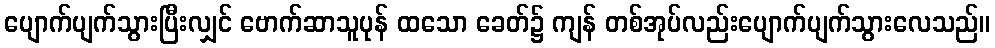
ပျောက်ပျက်သွားပြီးလျှင် ဗောက်ဆာသူပုန် ထသော ခေတ်၌ ကျန် တစ်အုပ်လည်းပျောက်ပျက်သွားလေသည်။